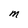
Character: M